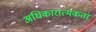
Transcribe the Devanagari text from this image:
अधिकारात्मकता